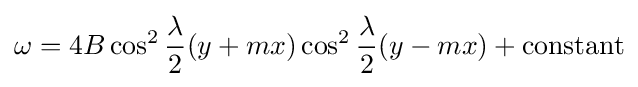
\omega =4B\cos ^{2}{\frac {\lambda }{2}}(y+mx)\cos ^{2}{\frac {\lambda }{2}}(y-mx)+{\text{constant}}